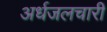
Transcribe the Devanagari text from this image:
अर्धजलचारी